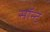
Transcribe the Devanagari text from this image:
सॉन्ट